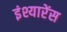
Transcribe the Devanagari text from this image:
इंश्यारेंस